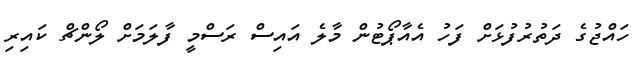
ހައްޖުގެ ދަތުރުފުޅަށް ފަހު އެއާޕޯޓުން މާލެ އައިސް ރަސްމީ ފާލަމަށް ލޯންޗް ކައިރި